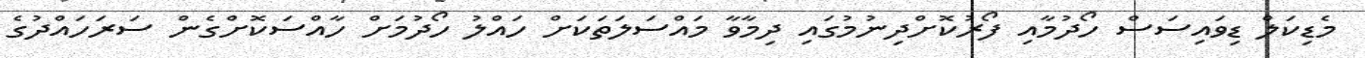
މެޑިކަލް ޑިވައިސަސް ހޯދުމާއި ފޯރުކޮށްދިނުމުގައި ދިމާވާ މައްސަލަތަކަށް ހައްލު ހޯދުމަށް ހާއްސަކޮށްގެން ސަރަހައްދުގެ